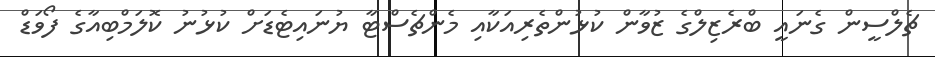
ޗެލްސީން ގެނައީ ބްރެޒިލްގެ ޒުވާން ކުޅުންތެރިއަކާއި މެންޗެސްޓާ ޔުނައިޓެޑަށް ކުޅުނު ކޮލަމްބިއާގެ ފޯވަޑް